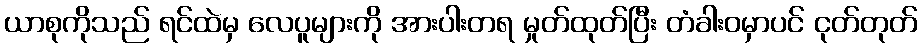
ယာစုကိုသည် ရင်ထဲမှ လေပူများကို အားပါးတရ မှုတ်ထုတ်ပြီး တံခါးဝမှာပင် ငုတ်တုတ်